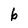
Character: 6